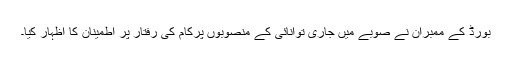
بورڈ کے ممبران نے صوبے میں جاری توانائی کے منصوبوں پرکام کی رفتار پر اطمینان کا اظہار کیا۔